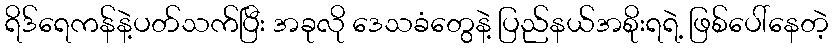
ရိဒ်ရေကန်နဲ့ပတ်သက်ပြီး အခုလို ဒေသခံတွေနဲ့ ပြည်နယ်အစိုးရရဲ့ ဖြစ်ပေါ်နေတဲ့